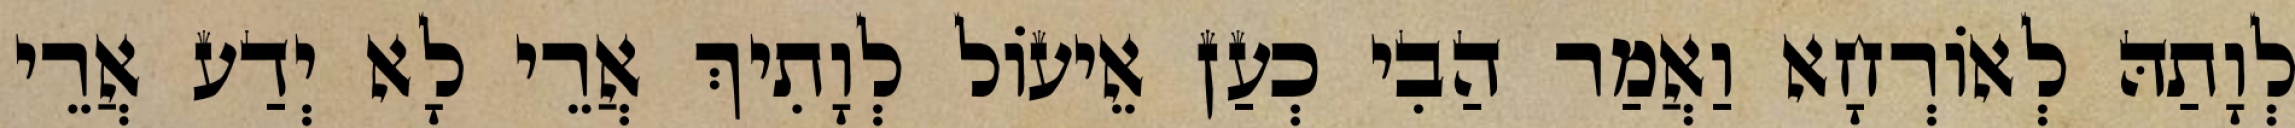
לְוָתַהּ לְאוֹרְחָא וַאֲמַר הַבִי כְעַן אֵיעוֹל לְוָתִיךְ אֲרֵי לָא יְדַע אֲרֵי